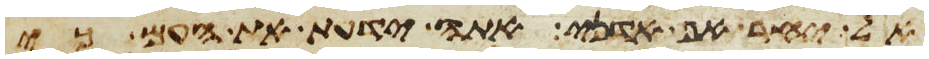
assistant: אל יחר אף אדני אתה ידעת את העם כי